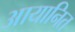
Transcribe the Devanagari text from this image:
आयानित